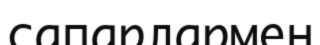
сапарлармен